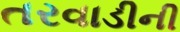
તરવાડીની